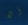
ألا